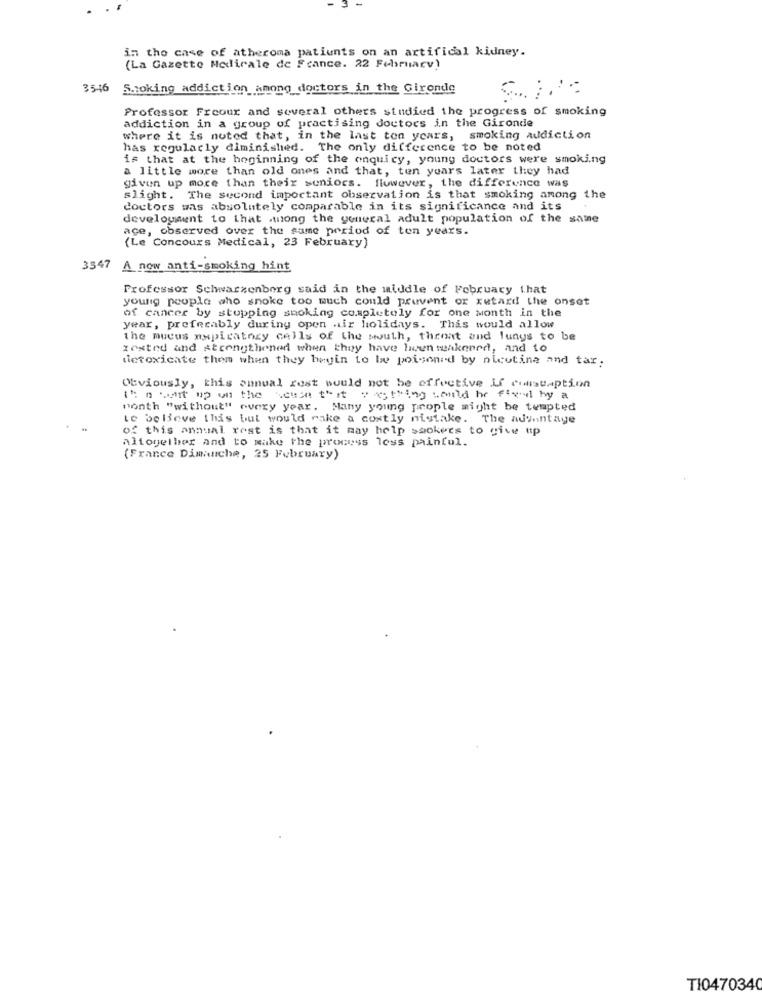
in the case of atheroma patients on an artificial kidney.
(La Gazette Medicale de France. 22 Februarv)
3546
Smoking addiction among doctors in the Gironde
Professor Freour and several others studied the progress of smoking
addiction in a group of practising doctors in the Gironde
where it is noted that, in the last ton years, smoking addiction
has regularly diminished. The only difference to be noted
is that at the hoginning of the onquicy, young doctors were smoking
a little more than old ones and that, ten years later they had
given up more than their soniocs. flowever, the difference was
slight. The second important observation is that smoking among the
doctors was absolutely comparable in its significance and its
development to that wong the general adult population of the same
ace, observed over the same period of ten years.
(Le Concours Medical, 23 February)
3547 A now anti-smoking hint
Professor Schwarzenberg said in the middle of February that
young people who snoke too much could prevent ox xetard the onset
of cancer by stopping smoking completely for one Month in the
year, preferably during open air holidays. This would allow
the mucus napiratory cells of the mouth, throat and lungs to be
tested and strengthened when they have lwen weakened, and to
detoxicate them when they begin to be poisoned by nicotine and tar.
Obviously, this annual rost would not be effective Lf consumption
it nowart up on the house that wastting would be fixed by a
month "without" every year. Many young people might be tempted
te believe this but would rake a costly nistake. The advantage
of this annual rest is that it may help ssokees to give up
Altogether and to make the process less painful.
(France Dimanche, 25 February)
TI0470340